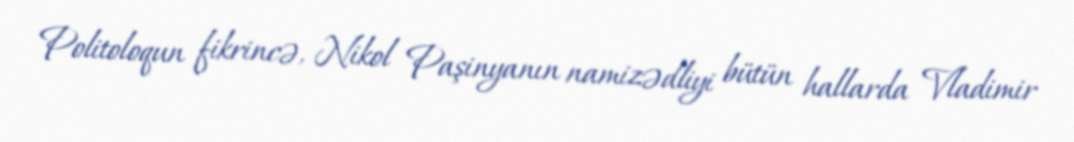
Politoloqun fikrincə, Nikol Paşinyanın namizədliyi bütün hallarda Vladimir